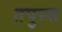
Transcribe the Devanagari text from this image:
तपुस्स